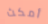
أمكث